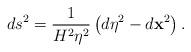
LaTeX: \begin{align*}ds^{2}=\frac{1}{H^{2}\eta ^{2}}\left( d\eta ^{2}-d\mathbf{x}^{2}\right) .\end{align*}